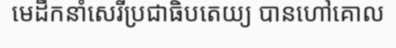
មេដឹកនាំសេរីប្រជាធិបតេយ្យ បានហៅគោល